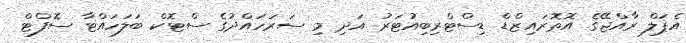
އެޕަލް ރާއްޖޭގެ އޮތޮރައިޒްޑް ޑިސްޓްރިބިއުޓަރު އަދި މި ސަރަހައްދުގެ ސްޓޮކް ބަލަހައްޓާ ސޮފްޓް